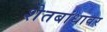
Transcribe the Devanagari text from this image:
शेतबांधावर